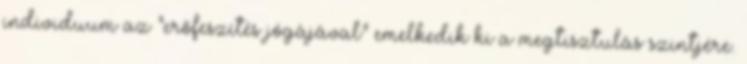
individuum az "erőfeszítés jógájával" emelkedik ki a megtisztulás szintjére.